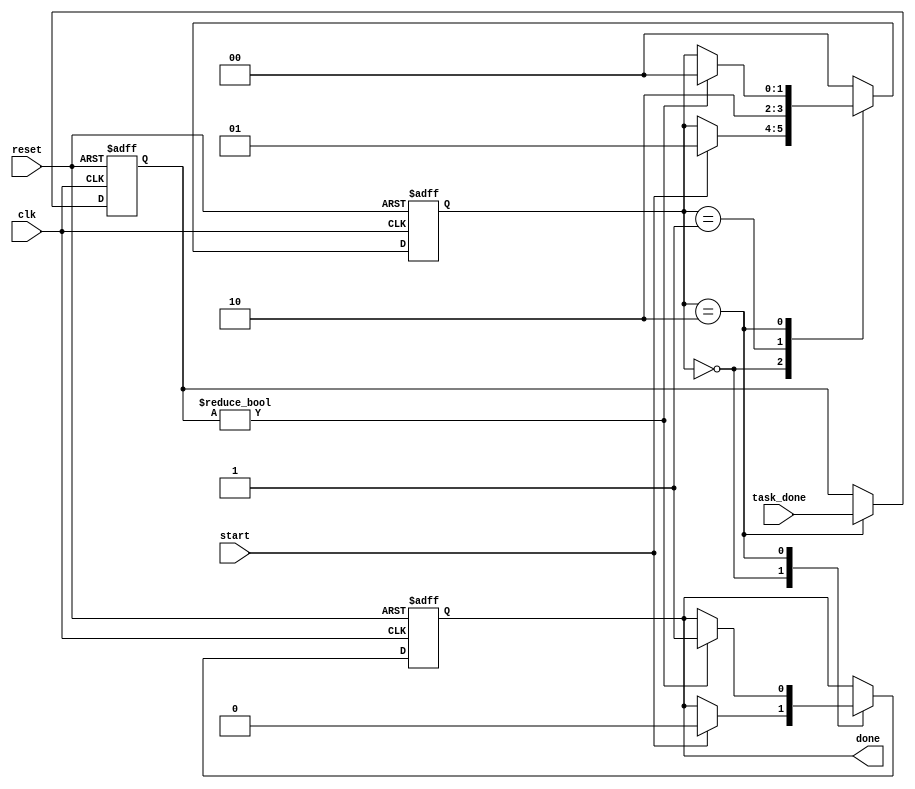
module ForkJoinAny(
    input wire start,                  // Signal to start the concurrent tasks
    input wire [3:0] task_done,        // Signals indicating which tasks are done
    input wire clk,                    // Clock signal
    input wire reset,                  // Reset signal
    output reg done                    // Signal indicating that at least one task is done
);

    // Define states for the main process
    reg [1:0] state;
    localparam IDLE = 2'b00,
               FORK = 2'b01,
               JOIN = 2'b10;

    // Task completion flags
    reg [3:0] task_completion; // Tracks which tasks have completed

    // Main process state machine
    always @(posedge clk or posedge reset) begin
        if (reset) begin
            state <= IDLE;
            done <= 0;
            task_completion <= 4'b0000; // No tasks completed
        end else begin
            case (state)
                IDLE: begin
                    if (start) begin
                        state <= FORK; // Move to FORK state when start signal is high
                        done <= 0;     // Reset done signal
                    end
                end

                FORK: begin
                    // Simulate forking of tasks
                    // In a real design, this is where you would initiate concurrent tasks
                    // For simulation, we can assume tasks are forked immediately
                    state <= JOIN; // Move to JOIN state directly after forking
                end

                JOIN: begin
                    // Check for task completion
                    task_completion <= task_done; // Update task completion status

                    // If any task is completed, set done signal and exit join phase
                    if (task_completion != 4'b0000) begin
                        done <= 1; // At least one task is done
                        state <= IDLE; // Return to IDLE state
                    end
                end

                default: state <= IDLE; // Safety state
            endcase
        end
    end

endmodule